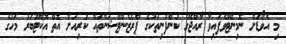
މި އެވޯޑަށް ނޮމިނޭޓްވެފައިވާ ރާއްޖޭގެ ކުންފުނިތަކުގެ ޕްރެޒެންޓޭޝަންތައް ކުރިއަށް އޮތް އޮކްޓޫބަރު މަހުގެ